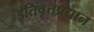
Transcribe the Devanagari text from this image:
इतिवृत्तप्रधान